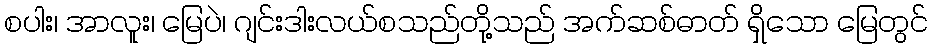
စပါး၊ အာလူး၊ မြေပဲ၊ ဂျင်းဒါးလယ်စသည်တို့သည် အက်ဆစ်ဓာတ် ရှိသော မြေတွင်